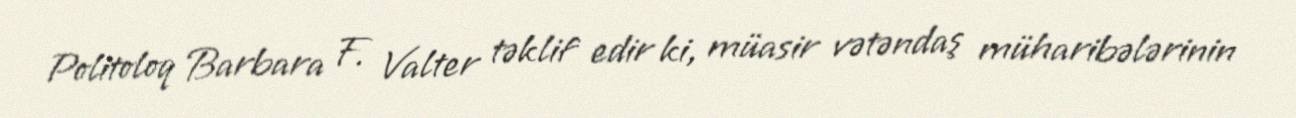
Politoloq Barbara F. Valter təklif edir ki, müasir vətəndaş müharibələrinin